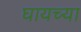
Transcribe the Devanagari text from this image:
घायच्या